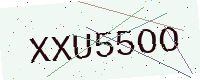
Text: XXU55OO